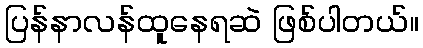
ပြန်နာလန်ထူနေရဆဲ ဖြစ်ပါတယ်။